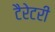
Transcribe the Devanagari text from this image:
टैरेटरी